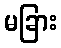
မခြား